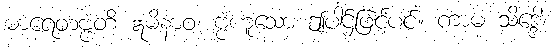
ဓာရေတဗ္ဗံတိ ဣမိနာဝ၊ ဗ္ဗံဟူသော ဤပါဌ်ဖြင့်ပင်။ ကာမံ သိဒ္ဒေါ၊